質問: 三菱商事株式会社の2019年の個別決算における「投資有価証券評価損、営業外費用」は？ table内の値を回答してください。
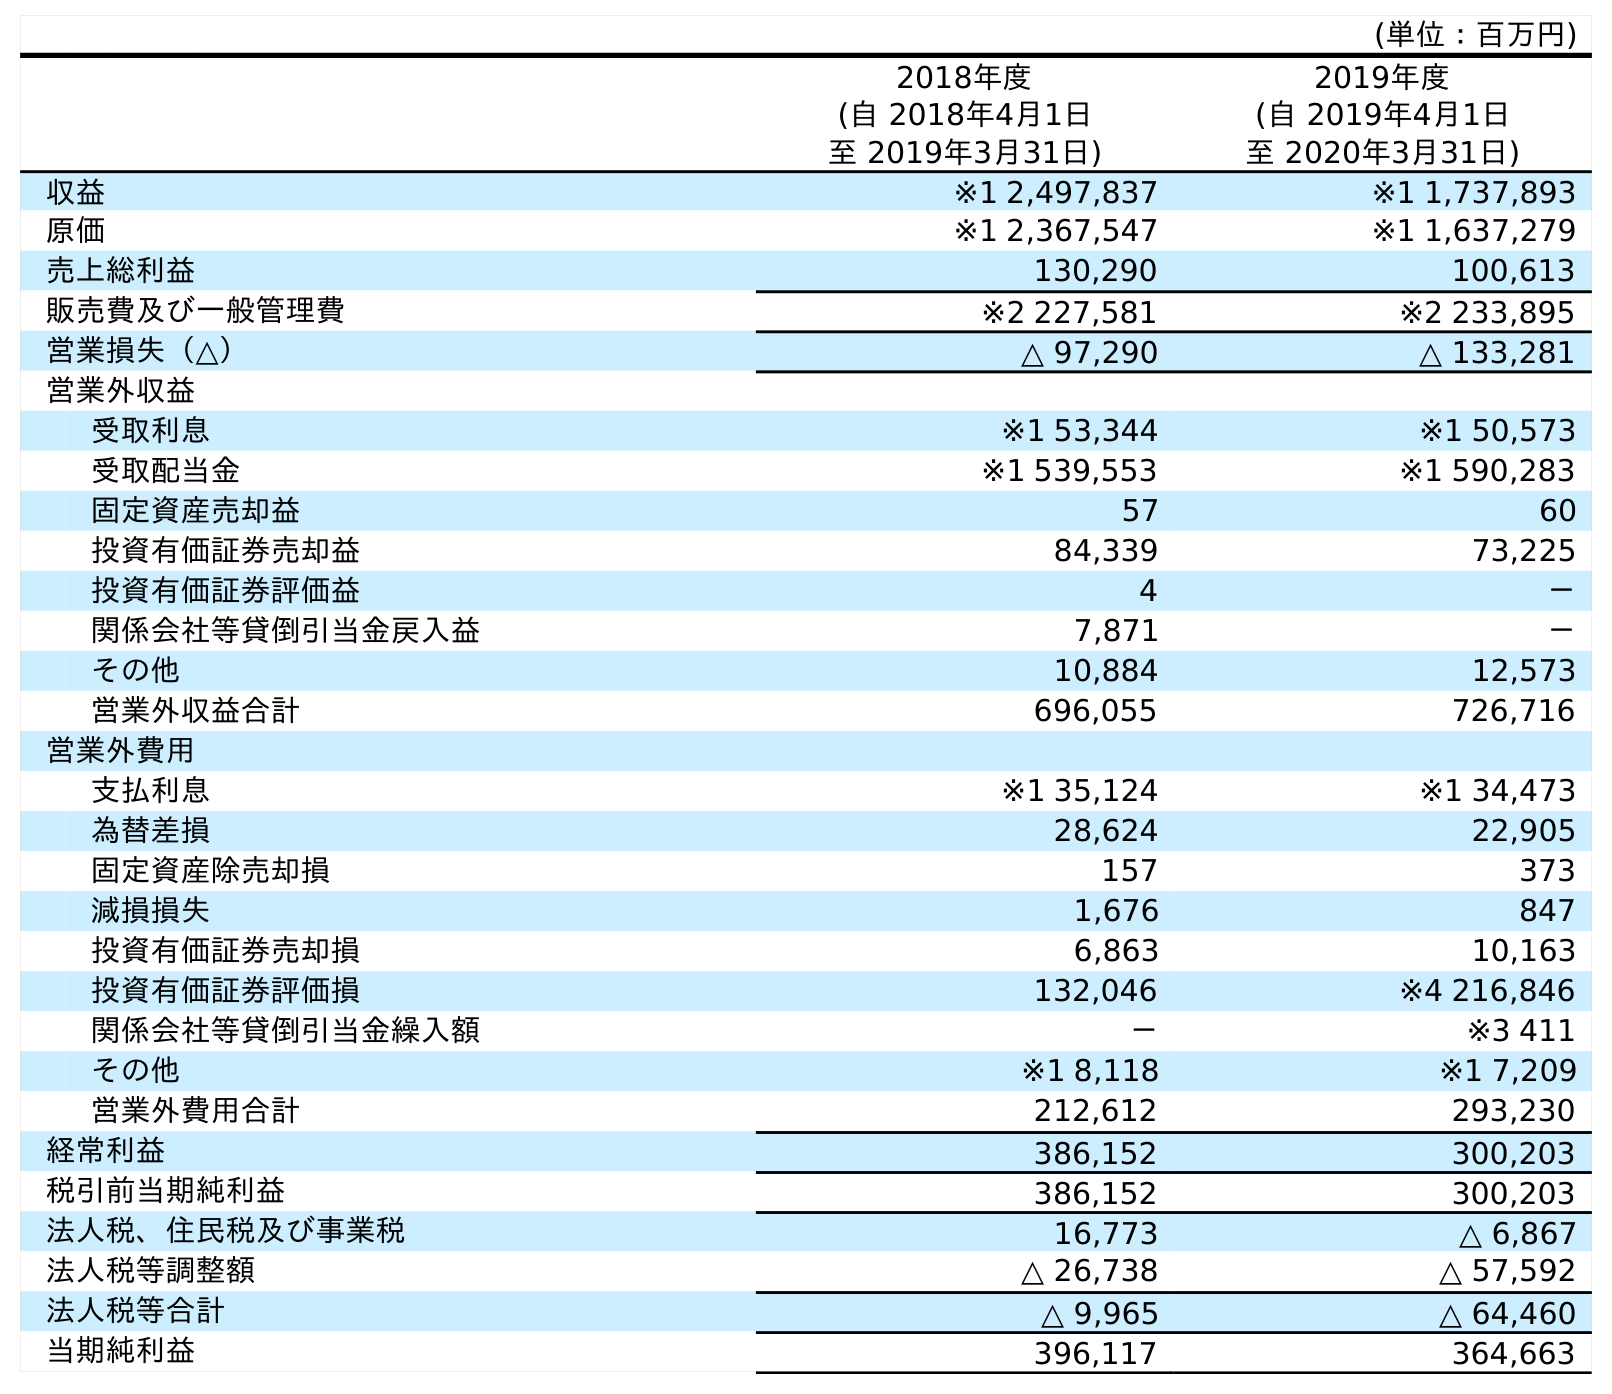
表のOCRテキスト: (単位：百万円) 2018年度 (自 2018年4月1日 至 2019年3月31日) 2019年度 (自 2019年4月1日 至 2020年3月31日) 収益 ※1 2,497,837 ※1 1,737,893 原価 ※1 2,367,547 ※1 1,637,279 売上総利益 130,290 100,613 販売費及び一般管理費 ※2 227,581 ※2 233,895 営業損失（△） △ 97,290 △ 133,281 営業外収益 受取利息 ※1 53,344 ※1 50,573 受取配当金 ※1 539,553 ※1 590,283 固定資産売却益 57 60 投資有価証券売却益 84,339 73,225 投資有価証券評価益 4 － 関係会社等貸倒引当金戻入益 7,871 － その他 10,884 12,573 営業外収益合計 696,055 726,716 営業外費用 支払利息 ※1 35,124 ※1 34,473 為替差損 28,624 22,905 固定資産除売却損 157 373 減損損失 1,676 847 投資有価証券売却損 6,863 10,163 投資有価証券評価損 132,046 ※4 216,846 関係会社等貸倒引当金繰入額 － ※3 411 その他 ※1 8,118 ※1 7,209 営業外費用合計 212,612 293,230 経常利益 386,152 300,203 税引前当期純利益 386,152 300,203 法人税、住民税及び事業税 16,773 △ 6,867 法人税等調整額 △ 26,738 △ 57,592 法人税等合計 △ 9,965 △ 64,460 当期純利益 396,117 364,663
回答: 132,046